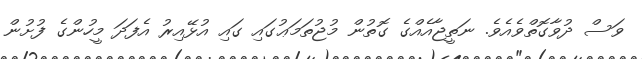
ވަސް ދުވާގޮތްވެއެވެ. ނަތީޖާއެއްގެ ގޮތުން މުޖުތަމަޢުގައި ގައި އުޅޭއިރު އެފަދަ މީހުންގެ ފުށުން